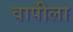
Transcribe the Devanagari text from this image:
वापीला